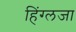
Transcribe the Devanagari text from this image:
हिंग्लजा